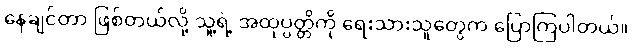
နေချင်တာ ဖြစ်တယ်လို့ သူ့ရဲ့ အထုပ္ပတ္တိကို ရေးသားသူတွေက ပြောကြပါတယ်။